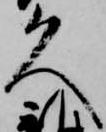
久